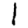
Digit: 1